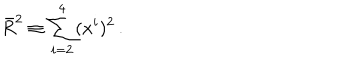
\bar { R } ^ { 2 } \equiv \sum _ { i = 2 } ^ { 4 } ( x ^ { i } ) ^ { 2 } \, .